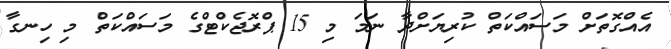
އެއްގޮތަށް މަސައްކަތް ކުރިޔަށްދާ ނަމަ މި 15 ޕްރޮޖެކްޓްގެ މަސައްކަތް މި ހިނގާ